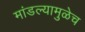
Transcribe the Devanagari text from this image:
मांडल्यामुळेच